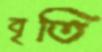
বৃতি